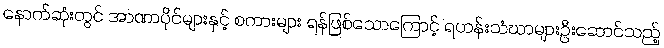
နောက်ဆုံးတွင် အာဏာပိုင်များနှင့် စကားများ ရန်ဖြစ်သောကြောင့် ရဟန်းသံဃာများဦးဆောင်သည့်